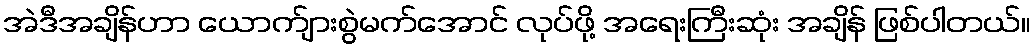
အဲဒီအချိန်ဟာ ယောက်ျားစွဲမက်အောင် လုပ်ဖို့ အရေးကြီးဆုံး အချိန် ဖြစ်ပါတယ်။